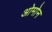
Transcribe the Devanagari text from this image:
ओमोन